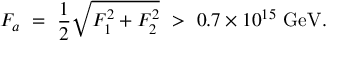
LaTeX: F _ { a } \ = \ { \frac { 1 } { 2 } } \sqrt { F _ { 1 } ^ { 2 } + F _ { 2 } ^ { 2 } } \ > \ 0 . 7 \times 1 0 ^ { 1 5 } \ \mathrm { G e V . }